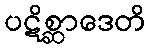
ပဋိစ္ဆာဒေတိ